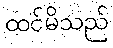
ထင်မိသည်